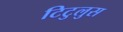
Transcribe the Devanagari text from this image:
टिटुलुस